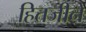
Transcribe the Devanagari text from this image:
हितजीने